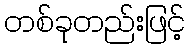
တစ်ခုတည်းဖြင့်